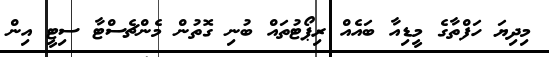
މިދިޔަ ހަފްތާގެ މީޑިއާ ބައެއް ރިޕޯޓުތައް ބުނި ގޮތުން މެންޗެސްޓާ ސިޓީ އިން